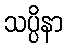
သပ္ပိနာ